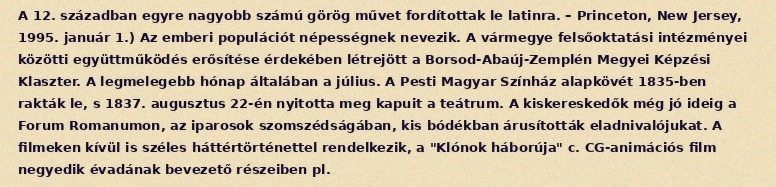
A 12. században egyre nagyobb számú görög művet fordítottak le latinra. – Princeton, New Jersey, 1995. január 1.) Az emberi populációt népességnek nevezik. A vármegye felsőoktatási intézményei közötti együttműködés erősítése érdekében létrejött a Borsod-Abaúj-Zemplén Megyei Képzési Klaszter. A legmelegebb hónap általában a július. A Pesti Magyar Színház alapkövét 1835-ben rakták le, s 1837. augusztus 22-én nyitotta meg kapuit a teátrum. A kiskereskedők még jó ideig a Forum Romanumon, az iparosok szomszédságában, kis bódékban árusították eladnivalójukat. A filmeken kívül is széles háttértörténettel rendelkezik, a "Klónok háborúja" c. CG-animációs film negyedik évadának bevezető részeiben pl.